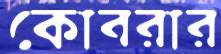
কোবরার